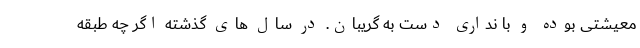
معیشتی بوده و با نداری دست به گریبان. در سال های گذشته اگر چه طبقه